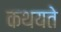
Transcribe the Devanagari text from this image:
कथयते